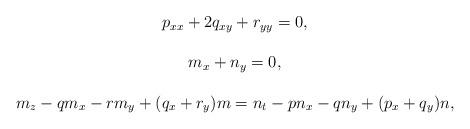
LaTeX: \begin{align*} \begin{array}{c} p_{xx}+2q_{xy}+r_{yy}=0,\\ \ \\ m_x+n_y=0,\\ \ \\ m_z-qm_x-rm_y+(q_x+r_y)m=n_t-pn_x-qn_y+(p_x+q_y)n, \end{array} \end{align*}